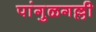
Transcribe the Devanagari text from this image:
पांगुळगल्ली